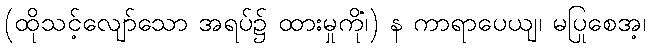
(ထိုသင့်လျော်သော အရပ်၌ ထားမှုကို၊) န ကာရာပေယျ၊ မပြုစေအံ့၊